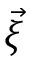
\vec { \xi }